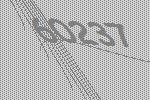
60237